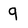
Character: 9